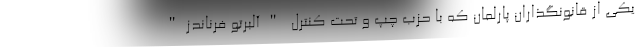
یکی از قانونگذاران پارلمان که با حزب چپ و تحت کنترل "آلبرتو فرناندز"